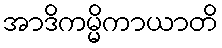
အာဒိကမ္မိကာယာတိ